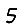
Digit: 5